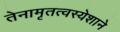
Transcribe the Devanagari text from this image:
तेनामृतत्वस्येशाने